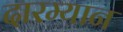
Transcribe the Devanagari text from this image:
दारम्यान